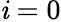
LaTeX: \mathit{i}=0